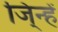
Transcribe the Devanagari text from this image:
जि्न्हें